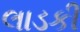
લાડકી